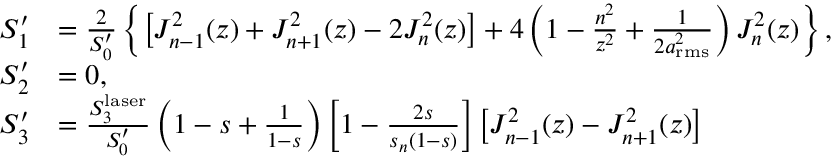
\begin{array} { r l } { S _ { 1 } ^ { \prime } } & { = \frac { 2 } { S _ { 0 } ^ { \prime } } \left\{ \left[ J _ { n - 1 } ^ { 2 } ( z ) + J _ { n + 1 } ^ { 2 } ( z ) - 2 J _ { n } ^ { 2 } ( z ) \right] + 4 \left( 1 - \frac { n ^ { 2 } } { z ^ { 2 } } + \frac { 1 } { 2 a _ { \mathrm { r m s } } ^ { 2 } } \right) J _ { n } ^ { 2 } ( z ) \right\} , } \\ { S _ { 2 } ^ { \prime } } & { = 0 , } \\ { S _ { 3 } ^ { \prime } } & { = \frac { S _ { 3 } ^ { \mathrm { l a s e r } } } { S _ { 0 } ^ { \prime } } \left( 1 - s + \frac { 1 } { 1 - s } \right) \left[ 1 - \frac { 2 s } { s _ { n } ( 1 - s ) } \right] \left[ J _ { n - 1 } ^ { 2 } ( z ) - J _ { n + 1 } ^ { 2 } ( z ) \right] } \end{array}